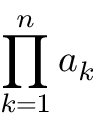
\prod _ { k = 1 } ^ { n } a _ { k }